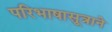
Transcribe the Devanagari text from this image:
परिभाषासूत्राने